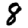
Digit: 8